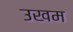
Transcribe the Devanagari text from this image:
उखम